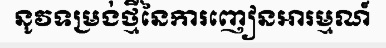
នូវទម្រង់ថ្មីនៃការញៀនអារម្មណ៍